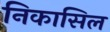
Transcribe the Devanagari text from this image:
निकासिल